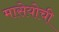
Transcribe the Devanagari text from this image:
मासेयोची